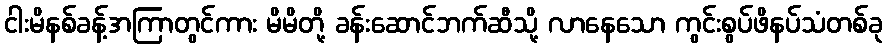
ငါးမိနစ်ခန့်အကြာတွင်ကား မိမိတို့ ခန်းဆောင်ဘက်ဆီသို့ လာနေသော ကွင်းစွပ်ဖိနပ်သံတစ်ခု